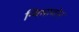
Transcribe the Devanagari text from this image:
न्यिमागोन